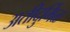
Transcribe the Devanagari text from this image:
अतीदुर्मिळ